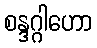
စန္ဒဂ္ဂါဟော